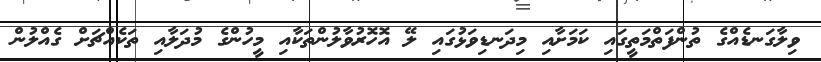
ވިލާގަނޑެއްގެ ތުންފަތްމަތީގައި ކަމަށާއި މިދަނޑިވަޅުގައި ލޭ އޮހޮރުވާލުންތަކާއި މީހުންގެ މުދަލާއި ތަކެއްޗަށް ގެއްލުން